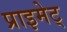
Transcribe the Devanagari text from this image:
प्राइमेट्